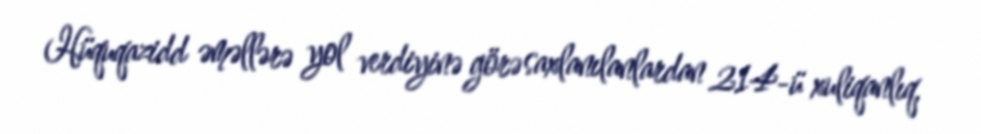
Hüquqazidd əməllərə yol verdiyinə görə saxlanılanlardan 214-ü xuliqanlıq,